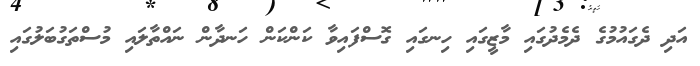
އަދި ދެގައުމުގެ ދެމެދުގައި މާޒީގައި ހިނގައި ގޮސްފައިވާ ކަންކަން ހަނދާން ނައްތާލައި މުސްތަގުބަލުގައި